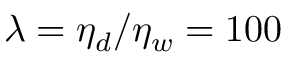
\lambda = \eta _ { d } / \eta _ { w } = 1 0 0